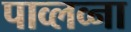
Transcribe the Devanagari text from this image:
पाव्लव्ना